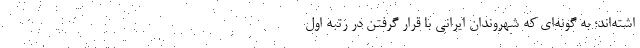
اشته‌اند؛ به گونه‌ای که شهروندان ایرانی با قرار گرفتن در رتبه اول